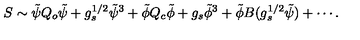
S \sim \tilde { \psi } Q _ { o } \tilde { \psi } + g _ { s } ^ { 1 / 2 } \tilde { \psi } ^ { 3 } + \tilde { \phi } Q _ { c } \tilde { \phi } + g _ { s } \tilde { \phi } ^ { 3 } + \tilde { \phi } B ( g _ { s } ^ { 1 / 2 } \tilde { \psi } ) + \cdots .